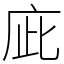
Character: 庛